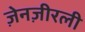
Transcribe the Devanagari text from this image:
ज़ेनज़ीरली